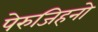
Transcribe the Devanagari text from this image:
पेरुजिहनो